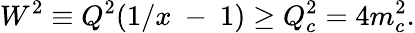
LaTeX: W^{2}\equiv Q^{2}(1/x~-~1)\ge Q_{c}^{2}=4m_{c}^{2}.